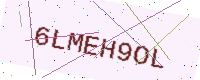
Text: 6LMEH9OL